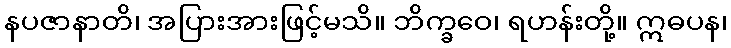
နပဇာနာတိ၊ အပြားအားဖြင့်မသိ။ ဘိက္ခဝေ၊ ရဟန်းတို့။ ဣဓပန၊